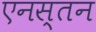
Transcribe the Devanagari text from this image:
एनस्तन